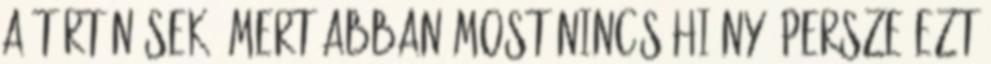
a történések. Mert abban most nincs hiány. Persze ezt